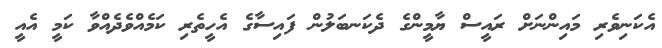
އެކަނިވެރި މައިންނަށް ރައީސް ޔާމީންގެ ދެކަނބަލުން ފައިސާގެ އެހީތެރި ކަމެއްވެދެއްވާ ކަމީ އެއީ